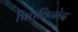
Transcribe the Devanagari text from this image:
चित्तविनोद